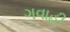
ગવાહી